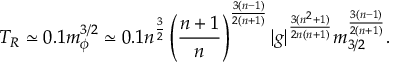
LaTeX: T _ { R } \simeq 0 . 1 m _ { \phi } ^ { 3 / 2 } \simeq 0 . 1 n ^ { \frac { 3 } { 2 } } \left( \frac { n + 1 } { n } \right) ^ { \frac { 3 ( n - 1 ) } { 2 ( n + 1 ) } } | g | ^ { \frac { 3 ( n ^ { 2 } + 1 ) } { 2 n ( n + 1 ) } } m _ { 3 / 2 } ^ { \frac { 3 ( n - 1 ) } { 2 ( n + 1 ) } } .